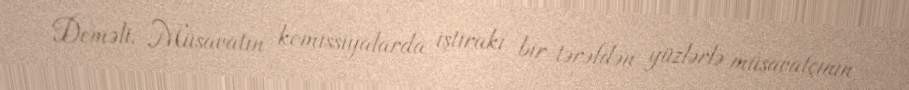
Deməli, Müsavatın komissiyalarda iştirakı bir tərəfdən yüzlərlə müsavatçının